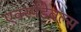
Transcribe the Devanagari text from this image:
एक्स्पेंडेबल्स